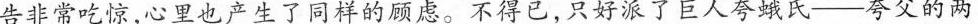
告非常吃惊，心里也产生了同样的顾虑。不得已，只好派了巨人夸蛾氏——夸父的两